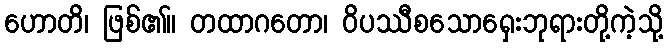
ဟောတိ၊ ဖြစ်၏။ တထာဂတော၊ ဝိပဿီစသောရှေးဘုရားတို့ကဲ့သို့